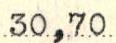
30,70